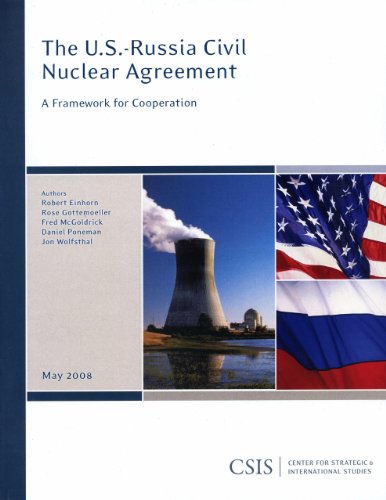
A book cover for The U.S.-Russia Civil Nuclear Agreement: A Framework for Cooperation (CSIS Reports); Robert J. Einhorn; Law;